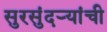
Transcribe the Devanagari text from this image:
सुरसुंदऱ्यांची